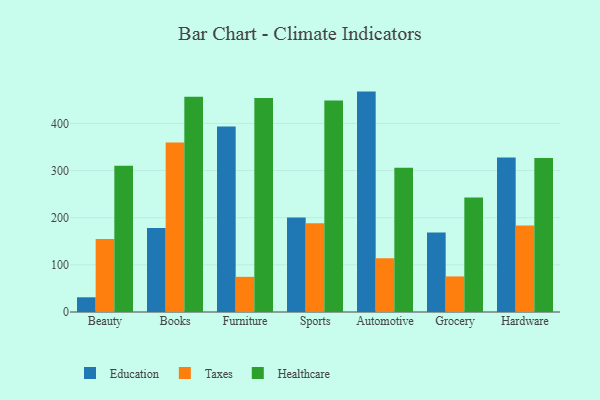
{"axis": {"x": "Category", "y": "Page Views"}, "legend": ["Education", "Healthcare", "Taxes"], "data": [{"x": "Beauty", "y": 31.2, "type": "Education"}, {"x": "Beauty", "y": 154.7, "type": "Taxes"}, {"x": "Beauty", "y": 310.1, "type": "Healthcare"}, {"x": "Books", "y": 178.1, "type": "Education"}, {"x": "Books", "y": 359.5, "type": "Taxes"}, {"x": "Books", "y": 456.8, "type": "Healthcare"}, {"x": "Furniture", "y": 393.6, "type": "Education"}, {"x": "Furniture", "y": 74.6, "type": "Taxes"}, {"x": "Furniture", "y": 453.8, "type": "Healthcare"}, {"x": "Sports", "y": 200.4, "type": "Education"}, {"x": "Sports", "y": 188.2, "type": "Taxes"}, {"x": "Sports", "y": 448.6, "type": "Healthcare"}, {"x": "Automotive", "y": 467.5, "type": "Education"}, {"x": "Automotive", "y": 114.0, "type": "Taxes"}, {"x": "Automotive", "y": 306.0, "type": "Healthcare"}, {"x": "Grocery", "y": 168.4, "type": "Education"}, {"x": "Grocery", "y": 75.5, "type": "Taxes"}, {"x": "Grocery", "y": 243.0, "type": "Healthcare"}, {"x": "Hardware", "y": 327.6, "type": "Education"}, {"x": "Hardware", "y": 183.6, "type": "Taxes"}, {"x": "Hardware", "y": 326.7, "type": "Healthcare"}]}